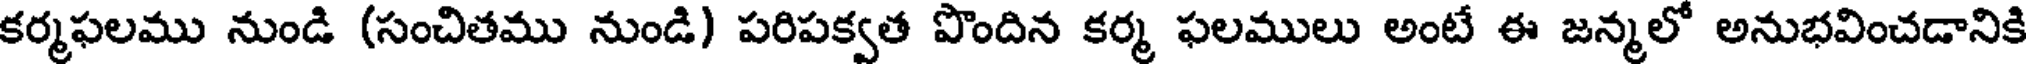
కర్మఫలము నుండి (సంచితము నుండి) పరిపక్వత పొందిన కర్మ ఫలములు అంటే ఈ జన్మలో అనుభవించడానికి